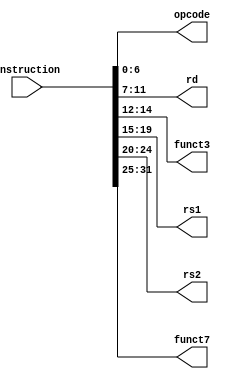
`timescale 1ns / 1ps

module instruction_splitter(
  input [31:0] instruction,
  output [6:0] opcode,
  output [4:0] rd,
  output [2:0] funct3,
  output [4:0] rs1,
  output [4:0] rs2,
  output [6:0] funct7
  );
  assign opcode = instruction[6:0];
  assign rd = instruction[11:7];
  assign funct3 = instruction[14:12];
  assign rs1 = instruction[19:15];
  assign rs2 = instruction[24:20];
  assign funct7 = instruction[31:25];
  endmodule